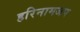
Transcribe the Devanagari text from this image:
हरिनामजप